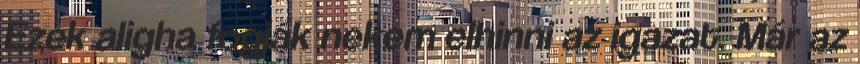
Ezek aligha fogják nekem elhinni az igazat. Már az